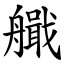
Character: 艥